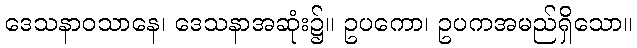
ဒေသနာဝသာနေ၊ ဒေသနာအဆုံး၌။ ဥပကော၊ ဥပကအမည်ရှိသော။